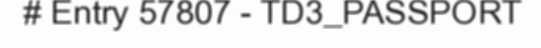
# Entry 57807 - TD3_PASSPORT